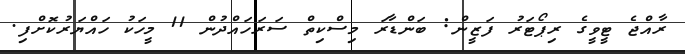
ރާއްޖެ ޓީވީގެ ރިޕޯޓަރު ފަޒީން: ބަންޑާރަ މިސްކިތް ސަރަހައްދުން 11 މީހަކު ހައްޔަރުކޮށްފި.